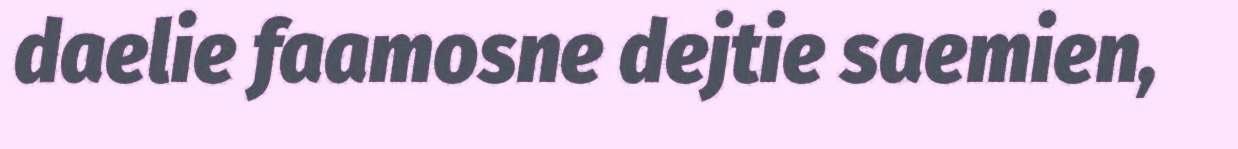
daelie faamosne dejtie saemien,